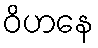
ဝိဟနေ